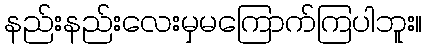
နည်းနည်းလေးမှမကြောက်ကြပါဘူး။